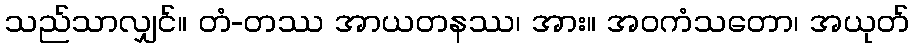
သည်သာလျှင်။ တံ-တဿ အာယတနဿ၊ အား။ အဝကံသတော၊ အယုတ်